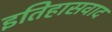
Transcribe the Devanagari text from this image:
इतिहासवाद